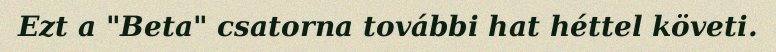
Ezt a "Beta" csatorna további hat héttel követi.